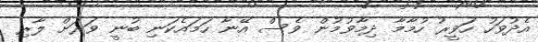
އެދުވަހު ހަވީރު ހުމާމާ ދިމާވުމުން ވެސް އޭނާ ހަމައެކަނި ބުނީ ވަރަށް ލާރި